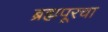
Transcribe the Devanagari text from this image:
ब्रह्मपूरचा